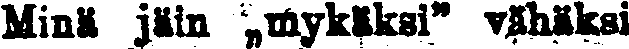
Minä jäin ,,mykäksi'' vähäksi